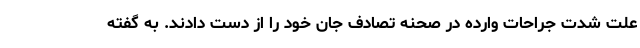
علت شدت جراحات وارده در صحنه تصادف جان خود را از دست دادند. به گفته